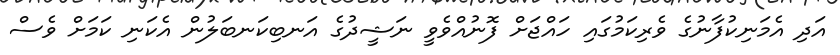
އަދި އެމަނިކުފާނުގެ ވެރިކަމުގައި ހައްޖަށް ފޮނުއްވެވީ ނަޝީދުގެ އަނބިކަނބަލުން އެކަނި ކަމަށް ވެސް